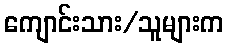
ကျောင်းသား/သူများက